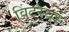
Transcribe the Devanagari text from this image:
विंटरथर